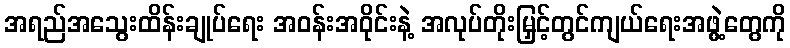
အရည်အသွေးထိန်းချုပ်ရေး အဝန်းအဝိုင်းနဲ့ အလုပ်တိုးမြှင့်တွင်ကျယ်ရေးအဖွဲ့တွေကို